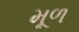
મૂળ